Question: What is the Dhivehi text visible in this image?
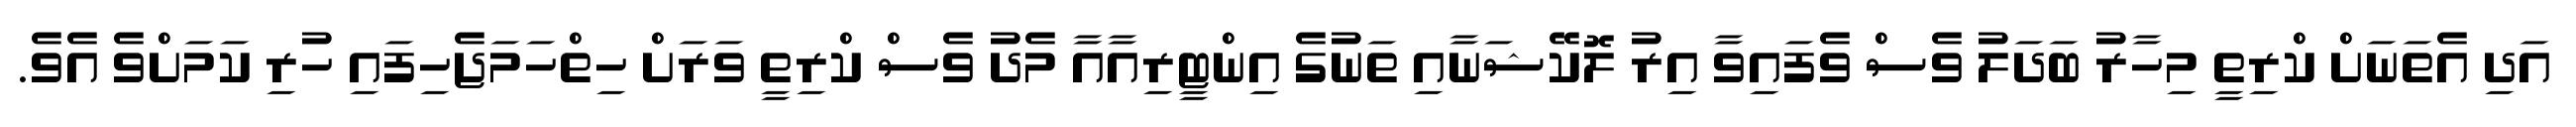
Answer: އަދި އެތަނަށް ކްރިތީ މިހާރު ބަދަލު ވެސް ވެފައިވާ އިރު ލޮކޭޝަނާއި ތަނުގެ އިންޓީރިއާއާ މެދު ވެސް ކްރިތީ ވަރަށް ހިތްހަމަޖެހިފައި ހުރި ކަމަށްވެ އެވެ.